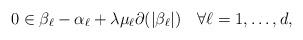
LaTeX: \begin{align*}0\in\beta_{\ell}-\alpha_{\ell}+\lambda\mu_{\ell}\partial(|\beta_{\ell}|)\quad\forall\ell=1,\ldots,{d},\end{align*}